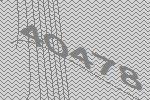
40478